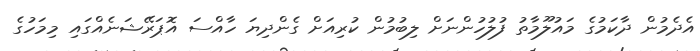
އެދެމުން ދާކަމުގެ މައުލޫމާތު ފުލުހުންނަށް ލިބުމުން ކުރިއަށް ގެންދިޔަ ހާއްސަ އޮޕަރޭޝަނެއްގައި މިމަހުގެ